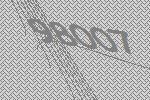
98007